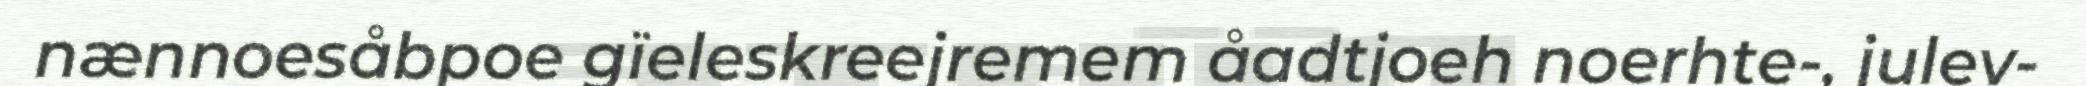
nænnoesåbpoe gïeleskreejremem åadtjoeh noerhte-, julev-